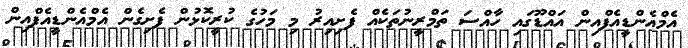
އެމްއެންޑީއެފްއިން އައްޑޫގައި ހާއްސަ ތަމްރީނުތަކެއް ފެށިއިރު މި މަހުގެ ކުރީކޮޅުން ފެށިގެން އެމްއެންޑީއެފްއިން